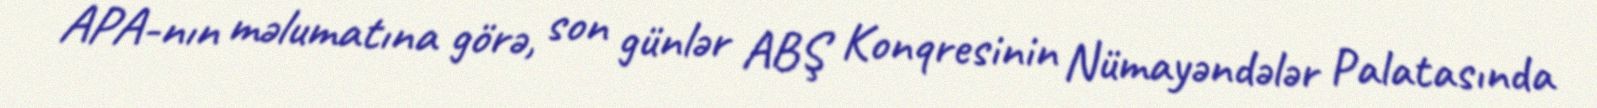
APA-nın məlumatına görə, son günlər ABŞ Konqresinin Nümayəndələr Palatasında